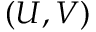
( U , V )